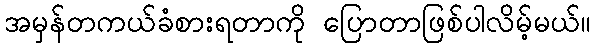
အမှန်တကယ်ခံစားရတာကို ပြောတာဖြစ်ပါလိမ့်မယ်။